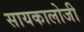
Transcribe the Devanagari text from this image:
सायकालोजी